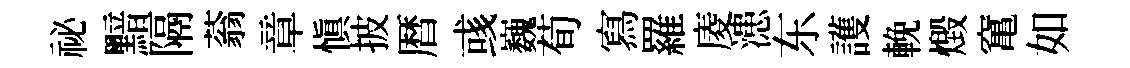
祕黯隔蓊章慎披暦彧巍荀寫羅庱漶东護輓燬𥧄如